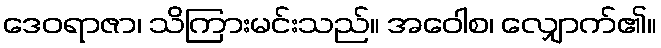
ဒေဝရာဇာ၊ သိကြားမင်းသည်။ အဝေါစ၊ လျှောက်၏။